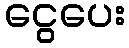
ငွေပေး